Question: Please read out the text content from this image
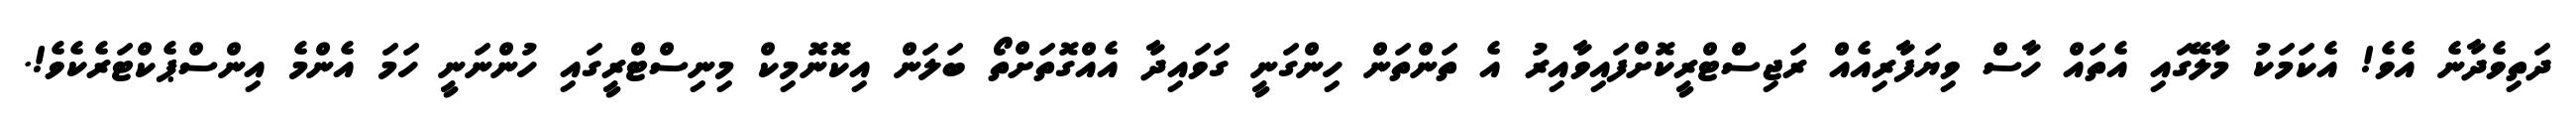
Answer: ދަތިވެދާނެ އެވެ! އެކަމަކު މާލޭގައި އެތައް ހާސް ވިޔަފާރިއެއް ރަޖިސްޓްރީކޮށްފައިވާއިރު އެ ތަންތަން ހިންގަނީ ގަވައިދާ އެއްގޮތަށްތޯ ބަލަން އިކޮނޮމިކް މިނިސްޓްރީގައި ހުންނަނީ ހަމަ އެންމެ އިންސްޕެކްޓަރެކެވެ!.